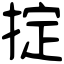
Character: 掟